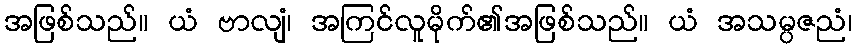
အဖြစ်သည်။ ယံ ဗာလျံ၊ အကြင်လူမိုက်၏အဖြစ်သည်။ ယံ အသမ္ပဇညံ၊